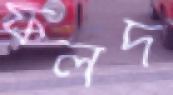
ফলদ